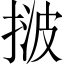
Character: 𢯠